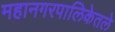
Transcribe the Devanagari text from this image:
महानगरपालिकेतले